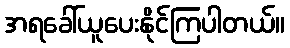
အရခေါ်ယူပေးနိုင်ကြပါတယ်။